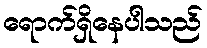
ရောက်ရှိနေပါသည်